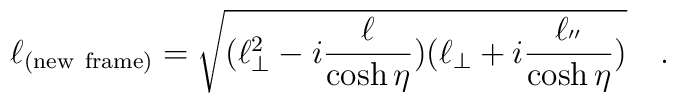
\ell_{(\rm new \ frame)}=\sqrt{(\ell^2_\bot -i\frac{\ell}{\cosh\eta})	(\ell_\bot +i\frac{\ell_{''}}{\cosh\eta})} \ \ \ .